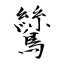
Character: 鷥